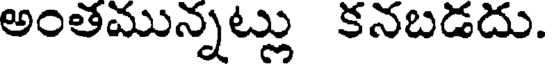
అంతమున్నట్లు కనబడదు.